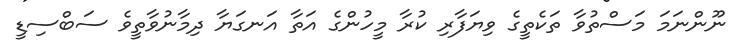
ނޫންނަމަ މަސްތުވާ ތަކެތީގެ ވިޔަފާރި ކުރާ މީހުންގެ އަތާ އަނގަޔާ ދިމާނުވާތީވެ ސަބްސިޑީ